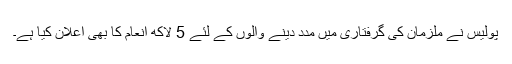
پولیس نے ملزمان کی گرفتاری میں مدد دینے والوں کے لئے 5 لاکھ انعام کا بھی اعلان کیا ہے۔